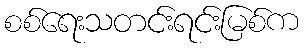
စစ်ရေးသတင်းရင်းမြစ်က